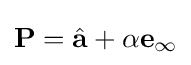
\mathbf {P} ={\hat {\mathbf {a} }}+\alpha \mathbf {e} _{\infty }